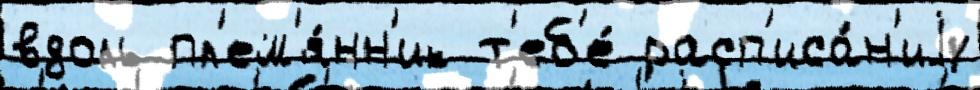
вдоль пл'ем'я́нн'ик т'еб'е́ расп'иса́н'иjу